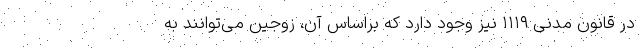
در قانون مدنی ۱۱۱۹ نیز وجود دارد که براساس آن، زوجین می‌توانند به